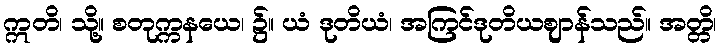
ဣတိ၊ သို့။ စတုက္ကနယေ၊ ၌။ ယံ ဒုတိယံ၊ အကြင်ဒုတိယဈာန်သည်။ အတ္တိ၊